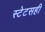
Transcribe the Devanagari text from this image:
स्टेटसही